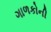
ગાળકોની